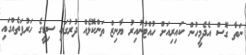
ނަތާ ގޮސް އެދެމީހުން ކައިރިއަށް ހުއްޓުނުއިރު ޔާނިޒް ތަންކޮޅެއް ދުރުގައި ސިޑީގެ ހަރުފަތެއްގައި